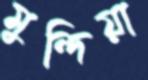
মুন্দিয়া